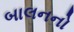
બાલનનો